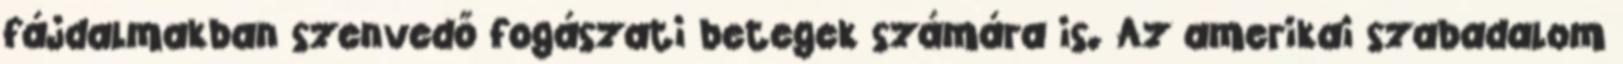
fájdalmakban szenvedő fogászati betegek számára is. Az amerikai szabadalom